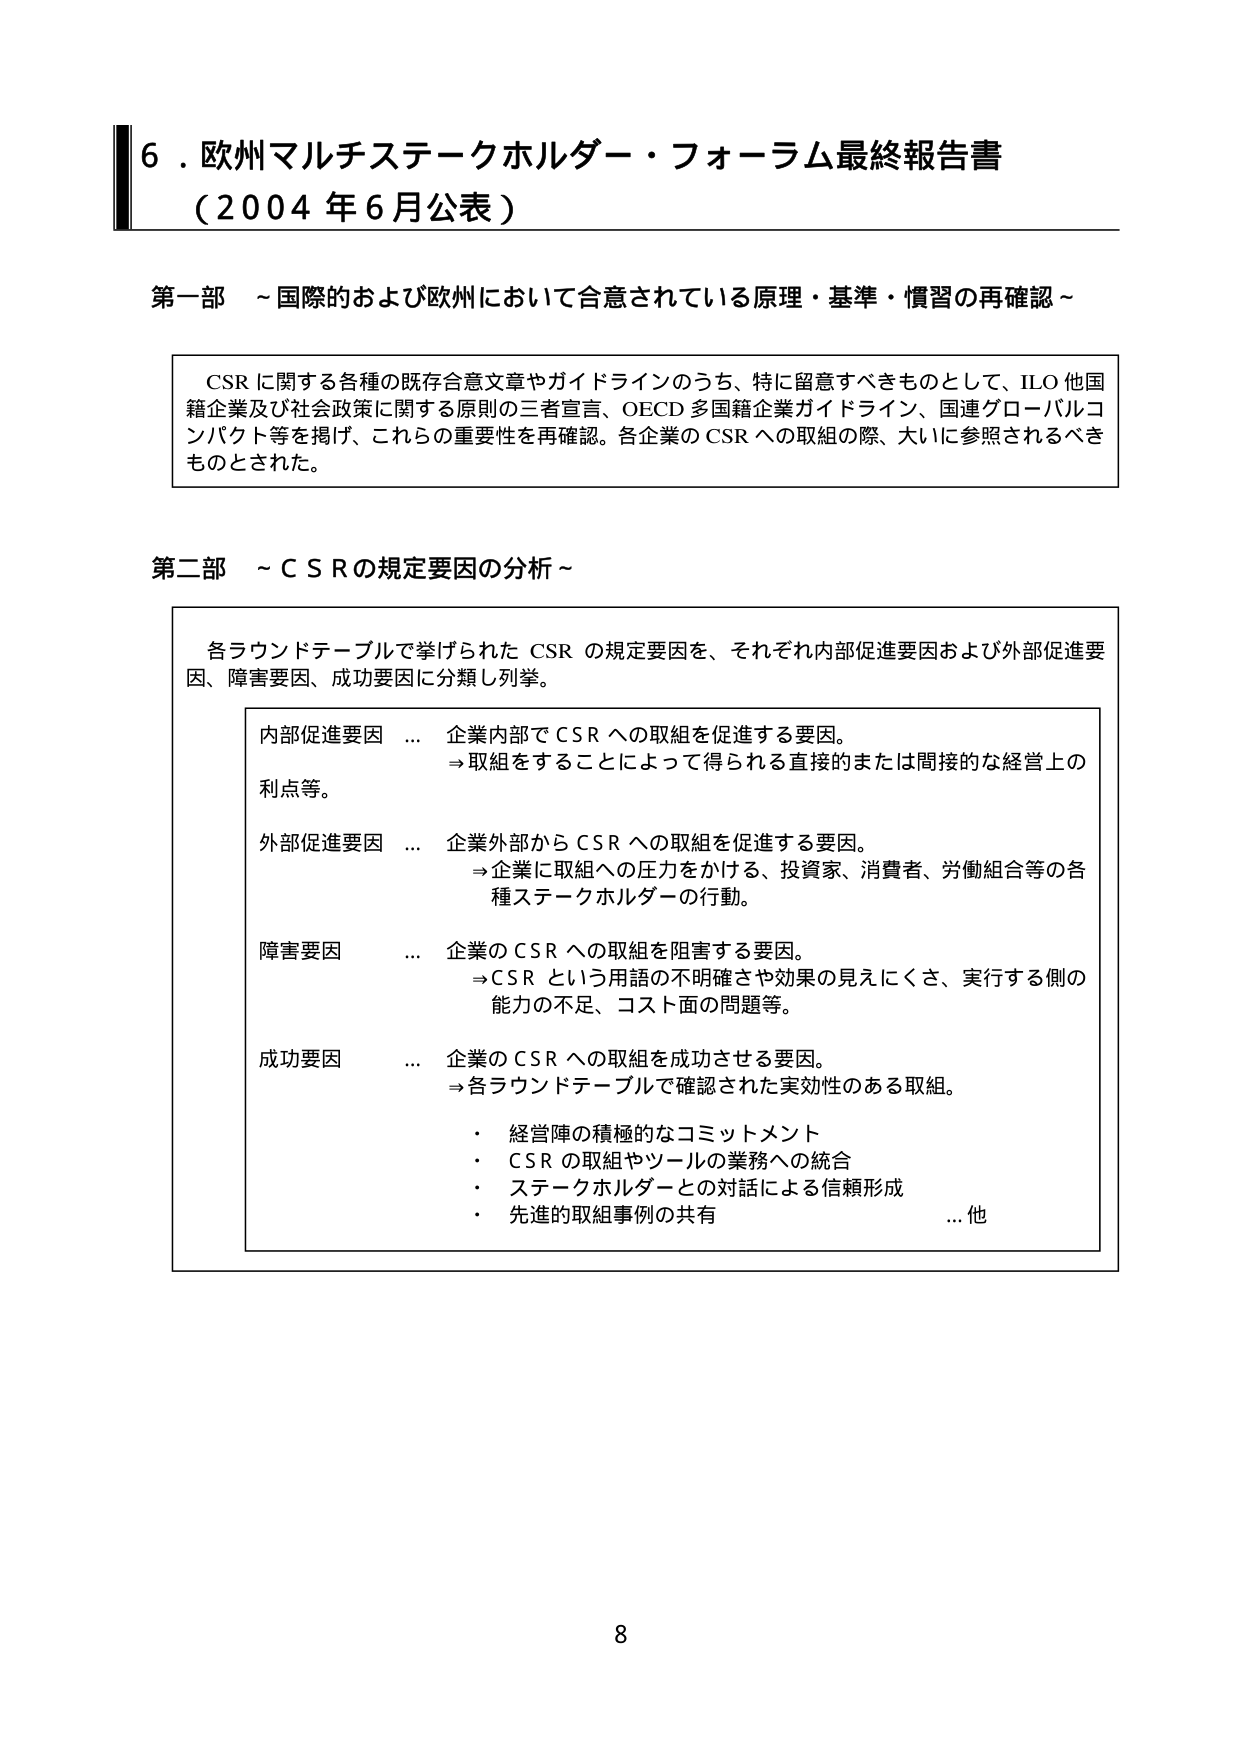
6．欧州マルチステークホルダー・フォーラム最終報告書
（2004年6月公表）

第一部 ～国際的および欧州において合意されている原理・基準・慣習の再確認～

CSRに関する各種の既存合意文章やガイドラインのうち、特に留意すべきものとして、ILO他国籍企業及び社会政策に関する原則の三者宣言、OECD多国籍企業ガイドライン、国連グローバルコンパクト等を掲げ、これらの重要性を再確認。各企業のCSRへの取組の際、大いに参照されるべきものとされた。

第二部 ～CSRの規定要因の分析～

各ラウンドテーブルで挙げられたCSRの規定要因を、それぞれ内部促進要因および外部促進要因、障害要因、成功要因に分類し列挙。

内部促進要因 … 企業内部でCSRへの取組を促進する要因。
⇒取組をすることによって得られる直接的または間接的な経営上の利点等。

外部促進要因 … 企業外部からCSRへの取組を促進する要因。
⇒企業に取組への圧力をかける、投資家、消費者、労働組合等の各種ステークホルダーの行動。

障害要因 … 企業のCSRへの取組を阻害する要因。
⇒CSRという用語の不明確さや効果の見えにくさ、実行する側の能力の不足、コスト面の問題等。

成功要因 … 企業のCSRへの取組を成功させる要因。
⇒各ラウンドテーブルで確認された実効性のある取組。
・ 経営陣の積極的なコミットメント
・ CSRの取組やツールの業務への統合
・ ステークホルダーとの対話による信頼形成
・ 先進的取組事例の共有
…他

8